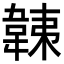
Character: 𩎴